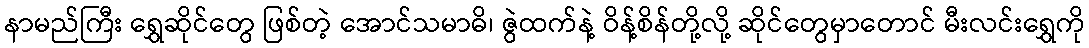
နာမည်ကြီး ရွှေဆိုင်တွေ ဖြစ်တဲ့ အောင်သမာဓိ၊ ဇွဲထက်နဲ့ ဝိန့်စိန်တို့လို့ ဆိုင်တွေမှာတောင် မီးလင်းရွှေကို